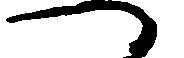
へ